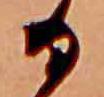
る